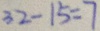
3 2 - 1 5 = 7